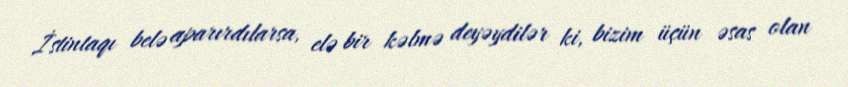
İstintaqı belə aparırdılarsa, elə bir kəlmə deyəydilər ki, bizim üçün əsas olan